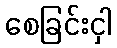
စေခြင်းငှါ